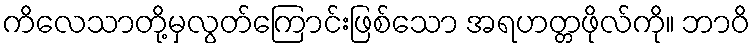
ကိလေသာတို့မှလွတ်ကြောင်းဖြစ်သော အရဟတ္တဖိုလ်ကို။ ဘာဝိ